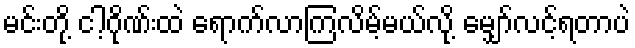
မင်းတို့ ငါ့ဂိုဏ်းထဲ ရောက်လာကြလိမ့်မယ်လို့ မျှော်လင့်ရတာပဲ